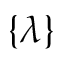
\{ \lambda \}